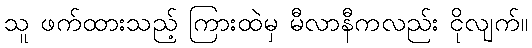
သူ ဖက်ထားသည့် ကြားထဲမှ မီလာနီကလည်း ငိုလျက်။